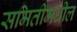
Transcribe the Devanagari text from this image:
समितीमधील